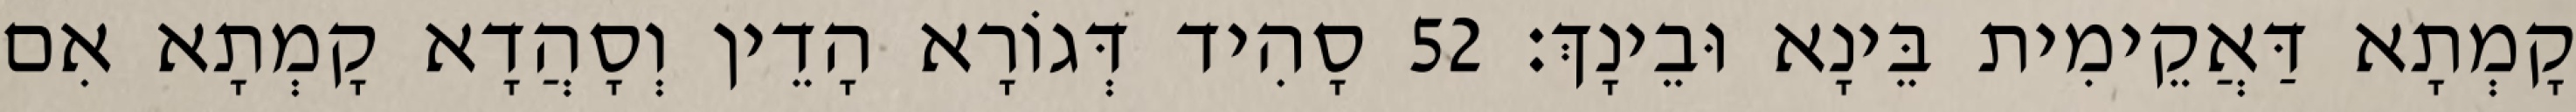
קָמְתָא דַּאֲקֵימִית בֵּינָא וּבֵינָךְ׃ 52 סָהִיד דְּגוֹרָא הָדֵין וְסָהֲדָא קָמְתָא אִם